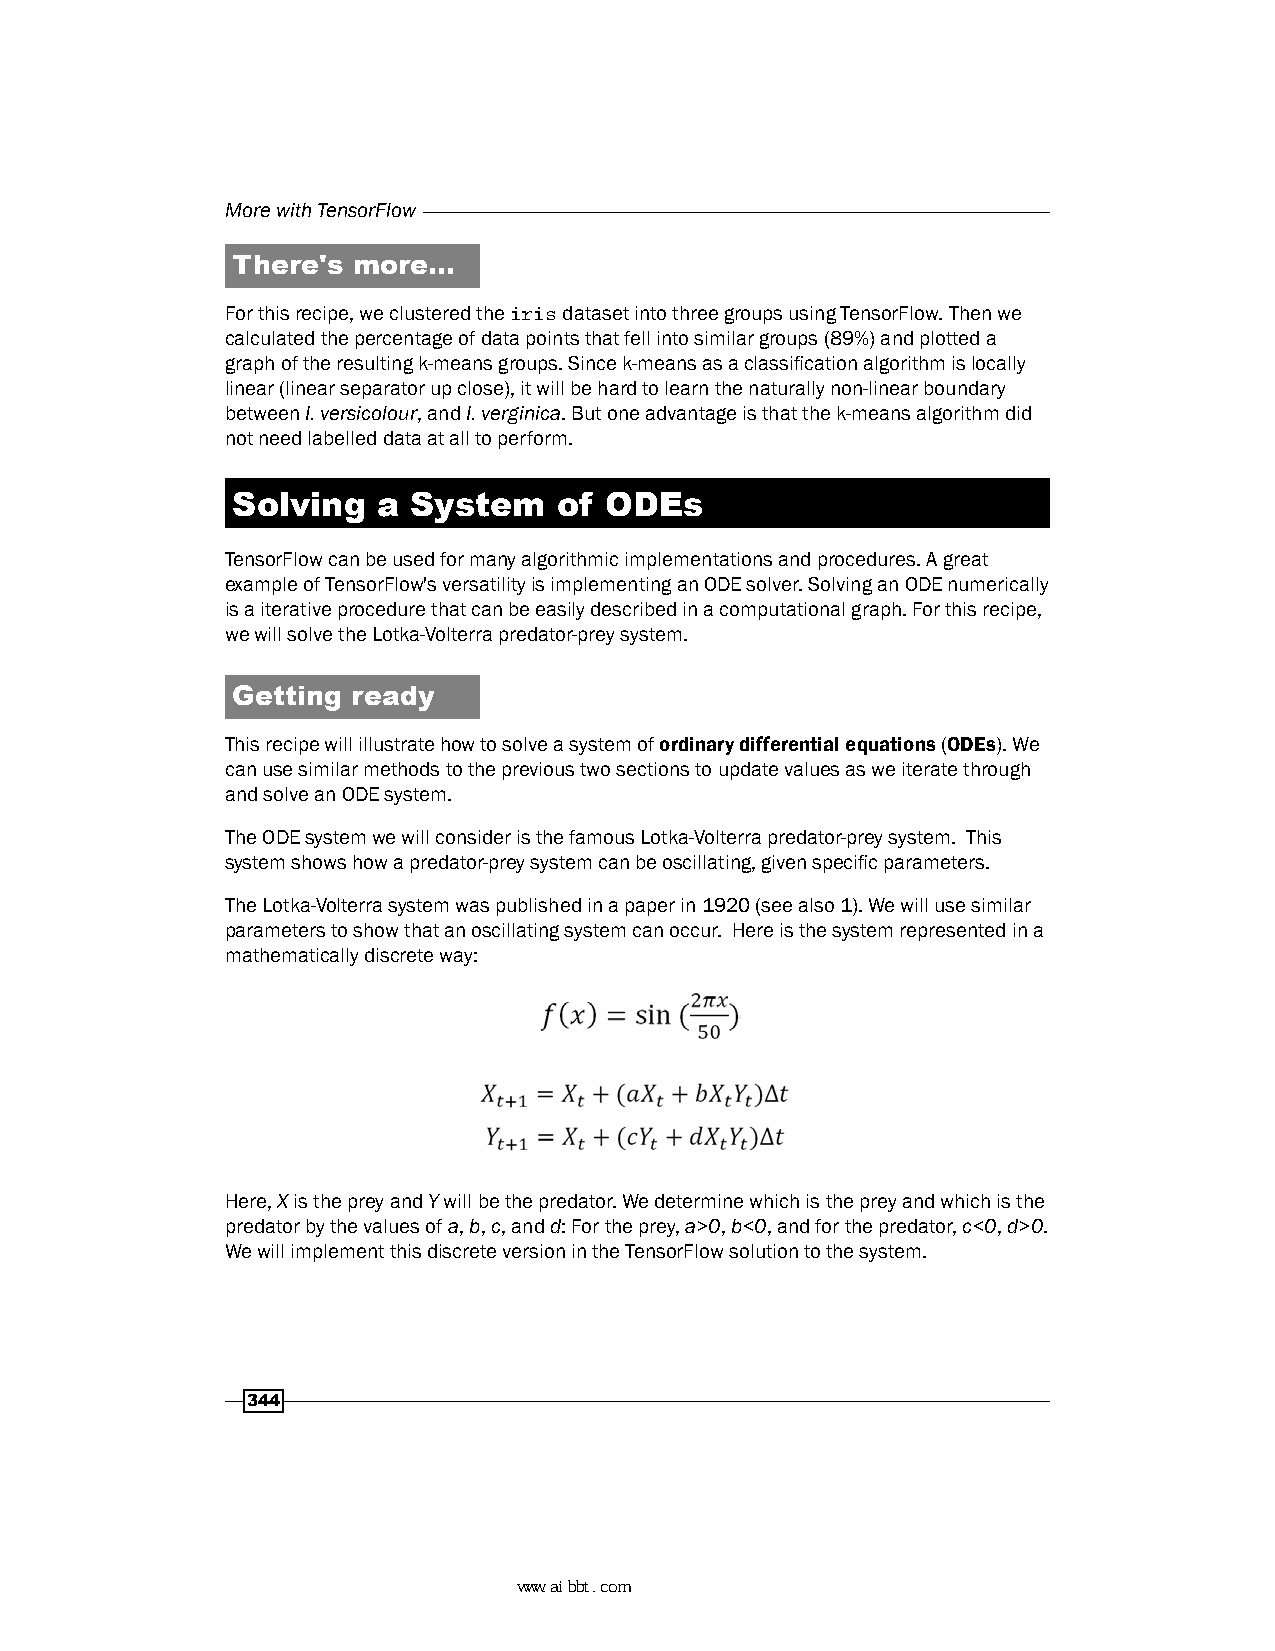
More with TensorFlow
 There's more…
 For this recipe, we clustered the iris dataset into three groups using TensorFlow. Then we
 calculated the percentage of data points that fell into similar groups (89%) and plotted a
 graph of the resulting k-means groups. Since k-means as a classification algorithm is locally
 linear (linear separator up close), it will be hard to learn the naturally non-linear boundary
 between I. versicolour, and I. verginica. But one advantage is that the k-means algorithm did
 not need labelled data at all to perform.
 Solving   a System    of ODEs
 TensorFlow can be used for many algorithmic implementations and procedures. A great
 example of TensorFlow's versatility is implementing an ODE solver. Solving an ODE numerically
 is a iterative procedure that can be easily described in a computational graph. For this recipe,
 we will solve the Lotka-Volterra predator-prey system.
 Getting ready
 This recipe will illustrate how to solve a system of ordinary differential equations (ODEs). We
 can use similar methods to the previous two sections to update values as we iterate through
 and solve an ODE system.
 The ODE system we will consider is the famous Lotka-Volterra predator-prey system. This
 system shows how a predator-prey system can be oscillating, given specific parameters.
 The Lotka-Volterra system was published in a paper in 1920 (see also 1). We will use similar
 parameters to show that an oscillating system can occur. Here is the system represented in a
 mathematically discrete way:
 Here, X is the prey and Y will be the predator. We determine which is the prey and which is the
 predator by the values of a, b, c, and d: For the prey, a>0, b<0, and for the predator, c<0, d>0.
 We will implement this discrete version in the TensorFlow solution to the system.
 344
 www.aibbt.com 让未来触手可及